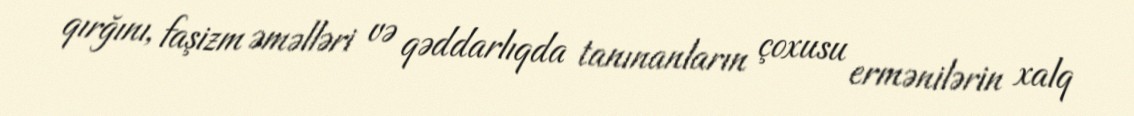
qırğını, faşizm əməlləri və qəddarlıqda tanınanların çoxusu ermənilərin xalq